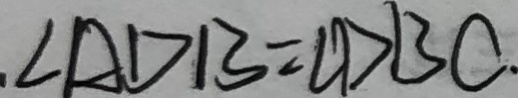
\angle A D B = \angle D B C .